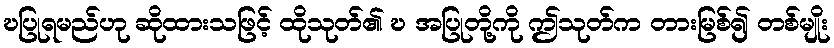
ဎပြုရမည်ဟု ဆိုထားသဖြင့် ထိုသုတ်၏ ဎ အပြုတို့ကို ဤသုတ်က တားမြစ်၍ တစ်မျိုး